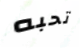
تحبه